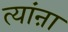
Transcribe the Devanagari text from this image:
त्यांऩा